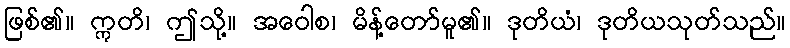
ဖြစ်၏။ ဣတိ၊ ဤသို့။ အဝေါစ၊ မိန့်တော်မူ၏။ ဒုတိယံ၊ ဒုတိယသုတ်သည်။